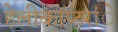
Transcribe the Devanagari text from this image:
हेलीकाॅप्टरांे